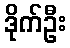
ဒိုက်ဦး